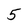
Character: 5